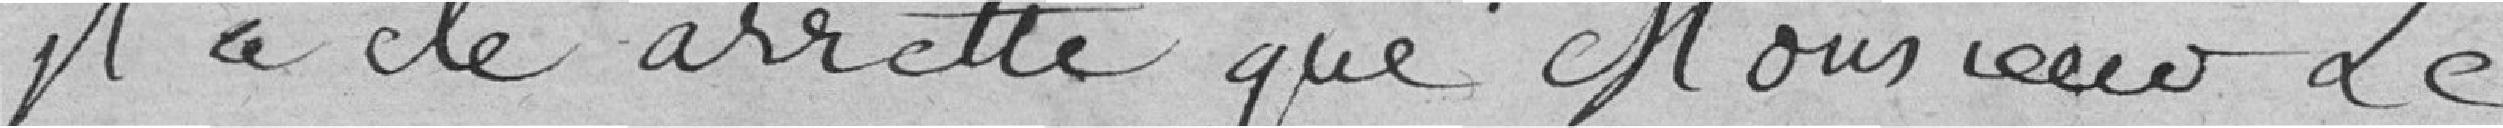
il a été arreté que Monsieur Le